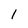
Character: l